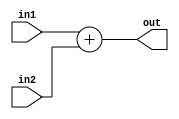
module adder_32bit (
  input [31:0] in1,
  input [31:0] in2,
  output reg [31:0] out
);
  
  initial begin
    out = 0;
  end

  always@(in1, in2) begin
    out = in1 + in2;
    //$display("Adder in1: %0h, in2: %0h, output: %0h", in1, in2, out);
  end
endmodule